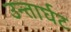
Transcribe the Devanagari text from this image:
उन्तार्घट